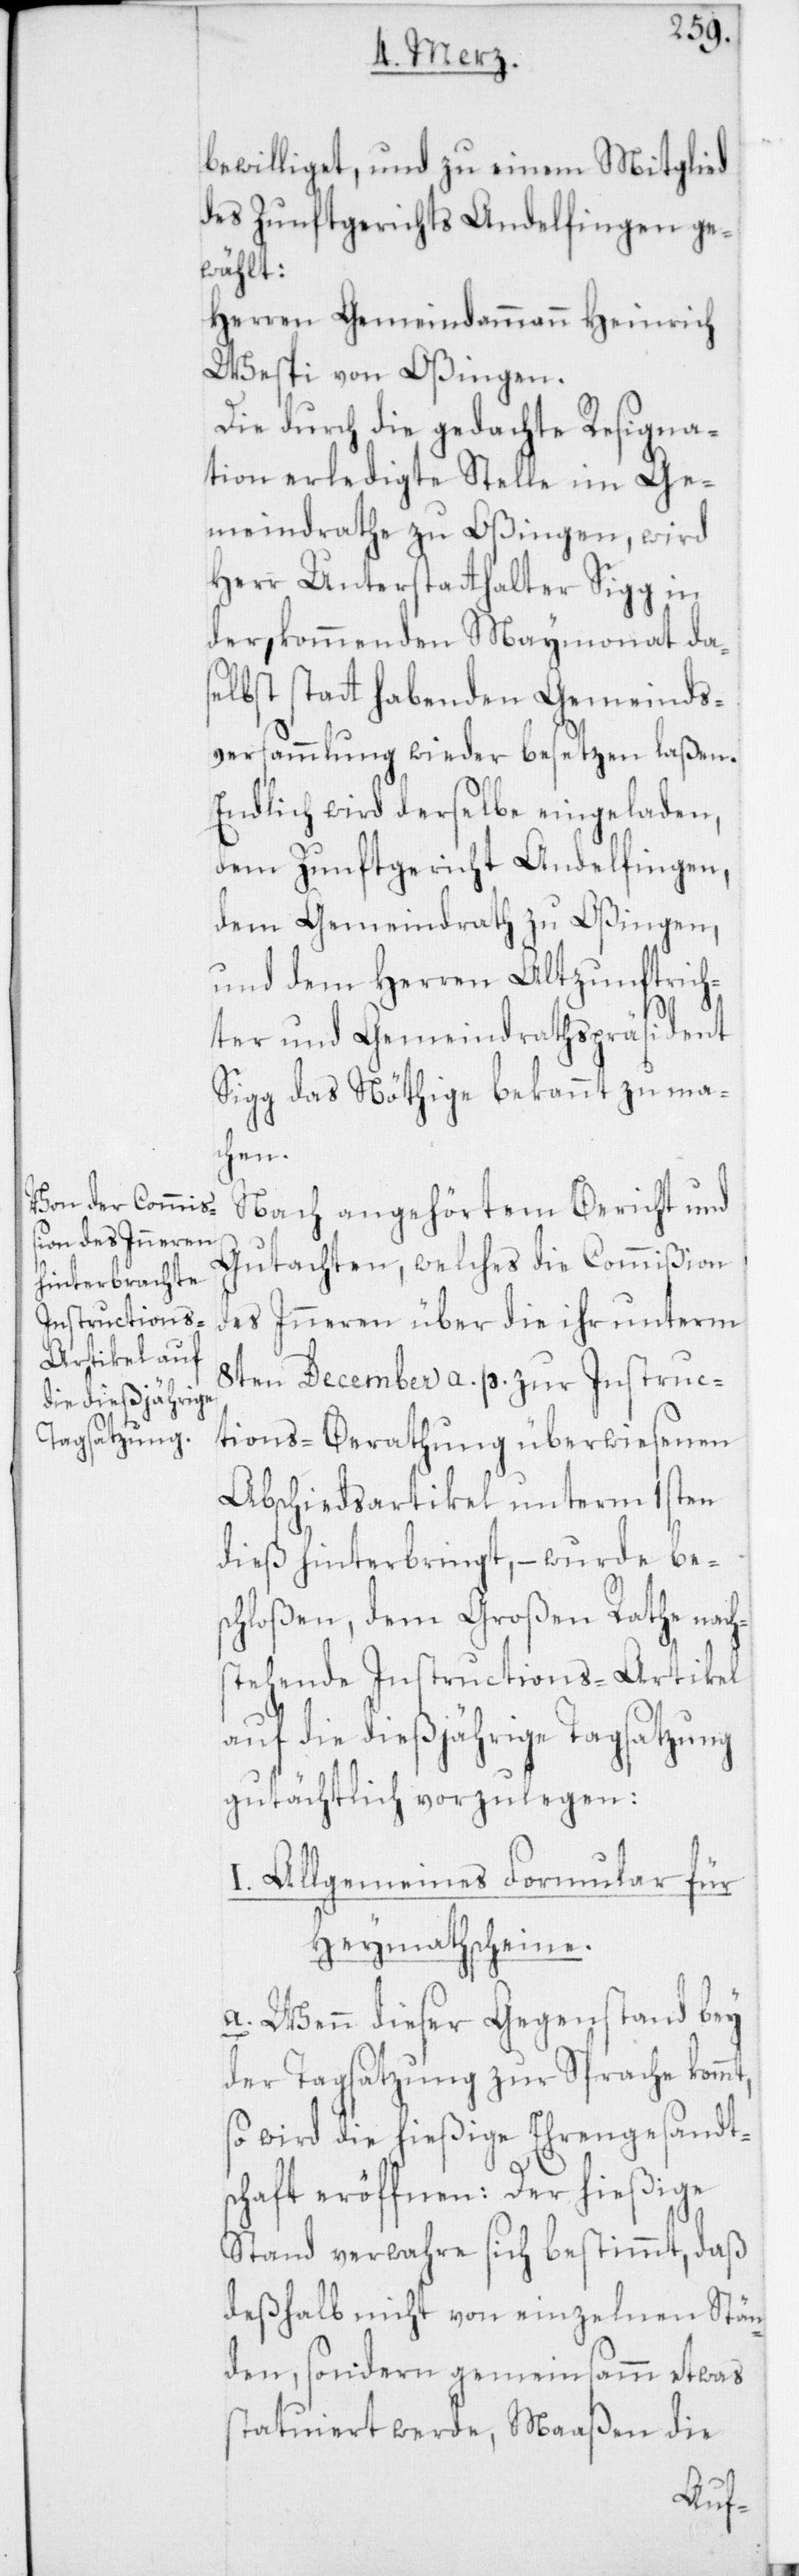
bewilliget, und zu einem Mitglied
des Zunftgerichts Andelfingen ge¬
wählt:
Herren Gemeindammann Heinrich
Wespi von Oßingen.
Die durch die gedachte Resigna¬
tion erledigte Stelle im Ge¬
meindrathe zu Oßingen, wird
Herr Unterstatthalter Sigg in
der, kommenden Maymonat da¬
selbst statt habenden Gemeinds¬
versammlung wieder besetzen laßen.
Endlich wird derselbe eingeladen,
dem Zunftgericht Andelfingen,
dem Gemeindrath zu Oßingen,
und dem Herren Altzunftrich¬
ter und Gemeindrathspräsident
Sigg das Nöthige bekannt zu ma¬
chen.
Nach angehörtem Bericht und
Gutachten, welches die Commißion
des Inneren über die ihr unterm
8ten December a. p. zur Instruc¬
tions-Berathung überwiesenen
Abschiedsartikel unterm 1sten
dieß hinterbringt, – wurde be¬
schloßen, dem Großen Rathe nach¬
stehende Instructions-Artikel
auf die dießjährige Tagsatzung
gutächtlich vorzulegen:
I. Allgemeines Formular für
Heymathscheine.
a. Wenn dieser Gegenstand bey
der Tagsatzung zur Sprache kommt,
so wird die hießige Ehrengesandt¬
schaft eröffnen: Der hießige
Stand verwahre sich bestimmt, daß
deshalb nicht von einzelnen Stän¬
den sondern gemeinsamm etwas
statuiert werde, Maaßen die